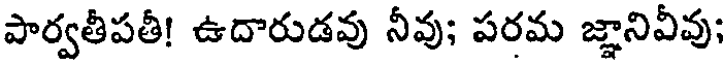
పార్వతీపతీ! ఉదారుడవు నీవు; పరమ జ్ఞానివీవు;